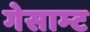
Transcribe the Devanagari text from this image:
गेसाम्ट